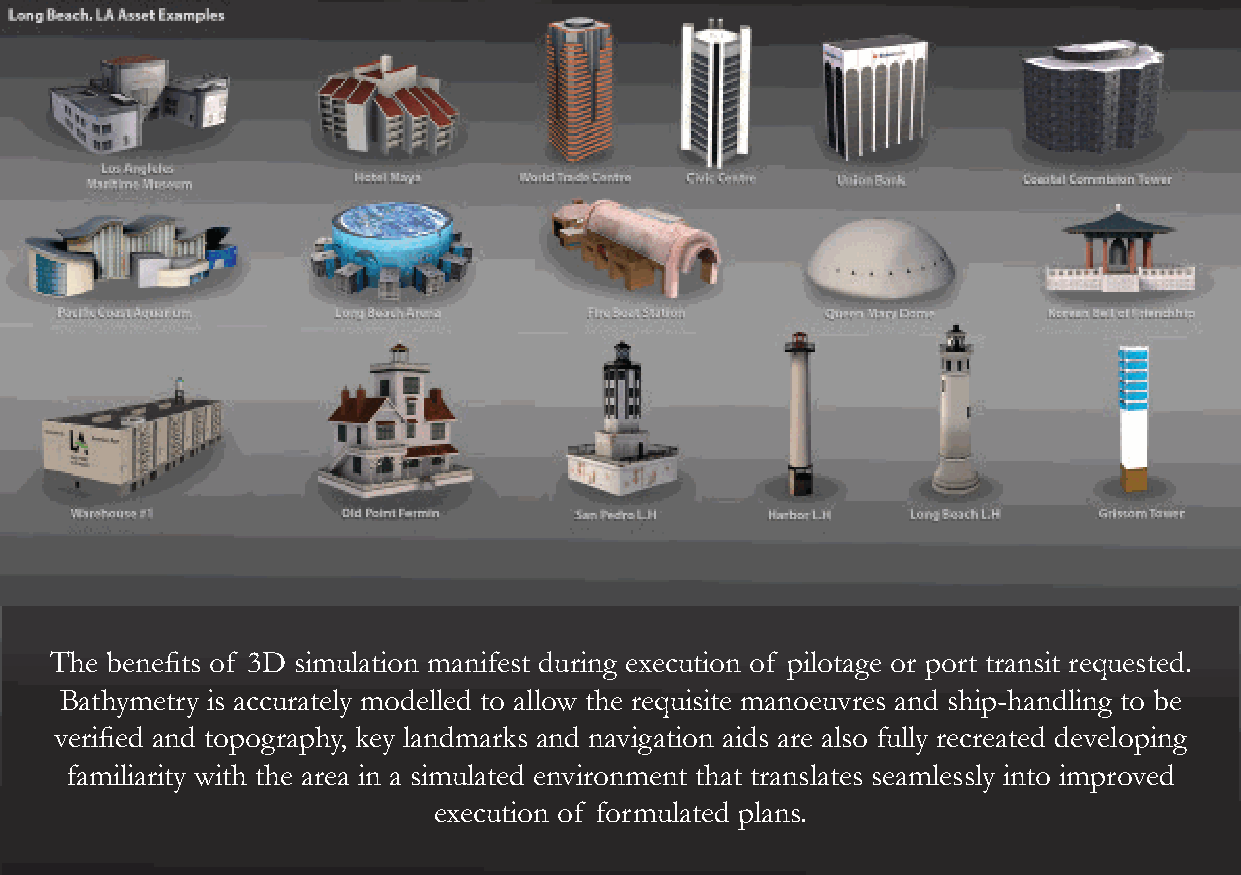
The benefits of 3D simulation manifest during execution of pilotage or port transit requested.
 Bathymetry is accurately modelled to allow the requisite manoeuvres and ship-handling to be
 verified and topography, key landmarks and navigation aids are also fully recreated developing
 familiarity with the area in a simulated environment that translates seamlessly into improved
 execution of formulated plans.